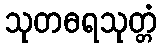
သုတဓရသုတ္တံ